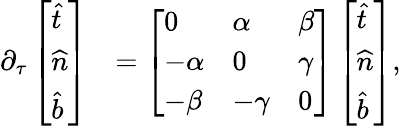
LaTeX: \begin{array}{rl}{\partial_{\tau}\left[\begin{array}{l}{\widehat{t}}\\ {\widehat{n}}\\ {\widehat{b}}\end{array}\right]}&{=\left[\begin{array}{lll}{0}&{\alpha}&{\beta}\\ {-\alpha}&{0}&{\gamma}\\ {-\beta}&{-\gamma}&{0}\end{array}\right]\left[\begin{array}{l}{\widehat{t}}\\ {\widehat{n}}\\ {\widehat{b}}\end{array}\right],}\end{array}